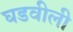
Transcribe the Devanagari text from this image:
घडवीली